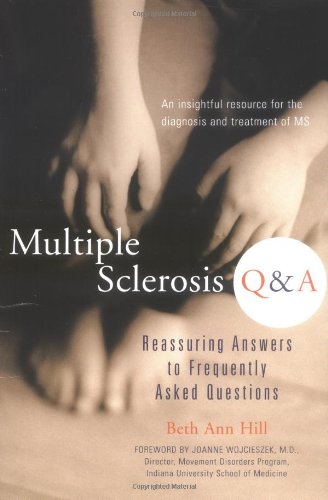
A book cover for Multiple Sclerosis Q & A: Reassuring Answers to Frequently Asked Questions; Beth Praed; Health, Fitness & Dieting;